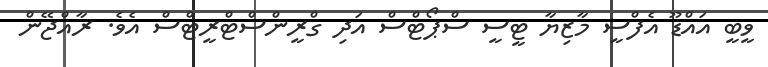
ވީބީ އައްޑޫ އެފްސީ މާޒިޔާ ޓީސީ ސްޕޯޓްސް އަދި ގްރީންސްޓްރީޓްސް އެވެ. ރާއްޖޭން